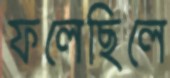
ফলেছিলে